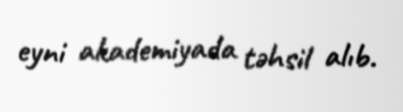
eyni akademiyada təhsil alıb.